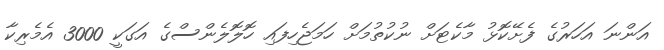
އަންނަ އަހަރުގެ ފެށޭކޮޅު މާކެޓަށް ނުކުތުމަށް ހަމަޖެހިފައި ހޮލޮލެންސްގެ އަގަކީ 3000 އެމެރިކާ